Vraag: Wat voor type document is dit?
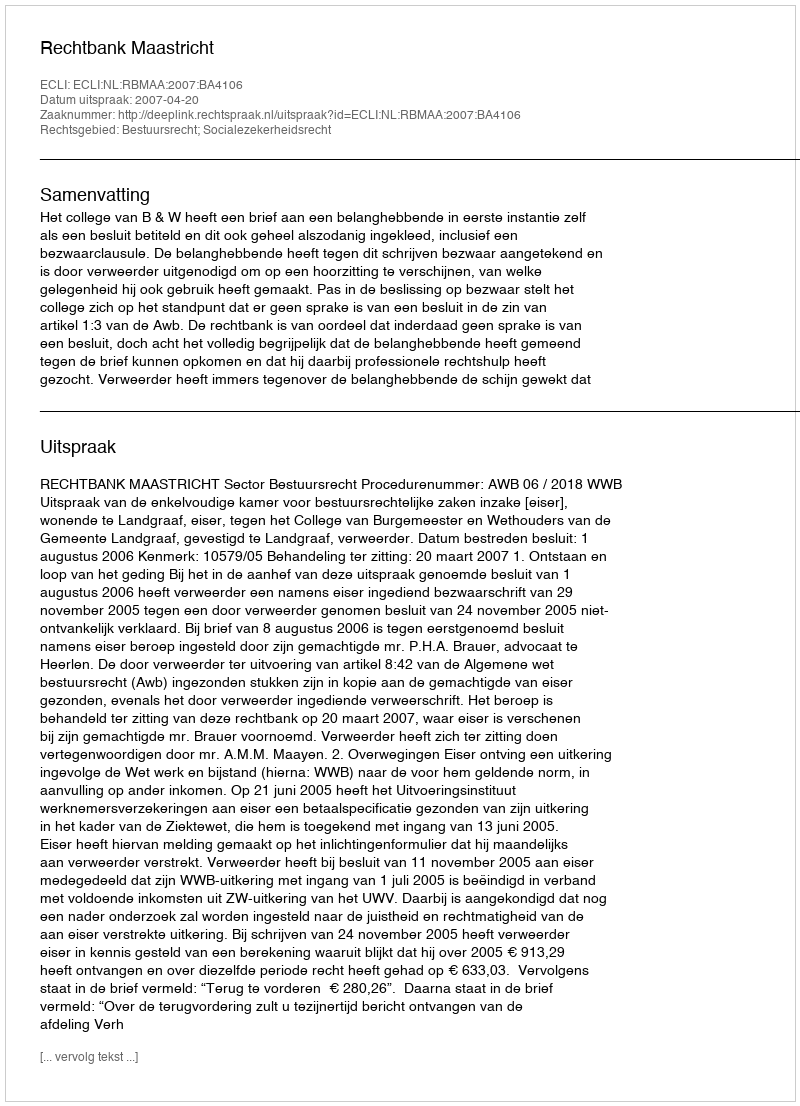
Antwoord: Uitspraak